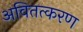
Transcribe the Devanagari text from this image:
अवितत्करण